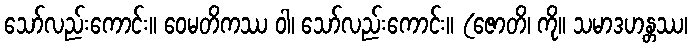
သော်လည်းကောင်း။ ဝေမတိကဿ ဝါ၊ သော်လည်းကောင်း။ (ဇောတိ၊ ကို။ သမာဒဟန္တဿ၊